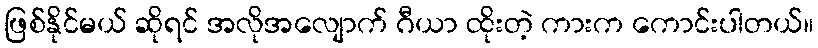
ဖြစ်နိုင်မယ် ဆိုရင် အလိုအလျောက် ဂီယာ ထိုးတဲ့ ကားက ကောင်းပါတယ်။